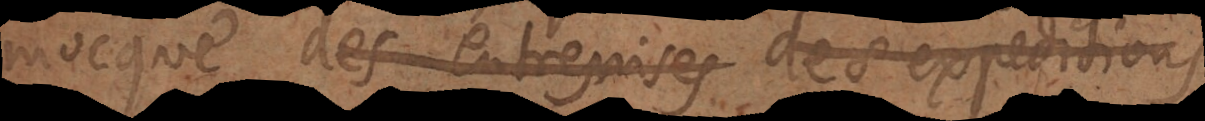
mocque des entreprises expedition